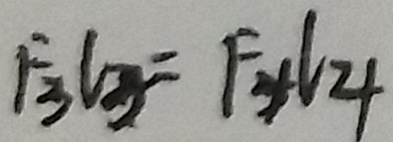
F _ { 3 } l _ { 3 } = F _ { 4 } l _ { 4 }